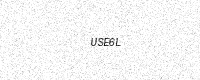
Text: USE6L